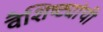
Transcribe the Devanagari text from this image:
वैशिष्ट्यांची